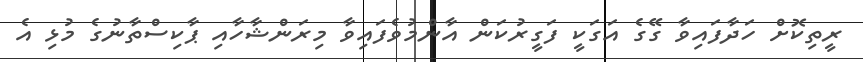
ރީތިކޮށް ހަދާފައިވާ ގޭގެ އަގަކީ ފަގީރުކަން އާންމުވެފައިވާ މިރަންޝާހާއި ޕާކިސްތާނުގެ މުޅި އެ